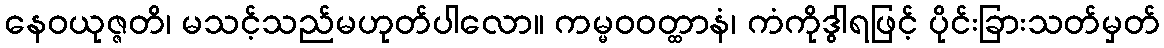
နေဝယုဇ္ဇတိ၊ မသင့်သည်မဟုတ်ပါလော။ ကမ္မဝဝတ္ထာနံ၊ ကံကိုဒွါရဖြင့် ပိုင်းခြားသတ်မှတ်